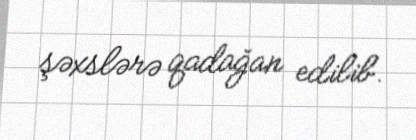
şəxslərə qadağan edilib.